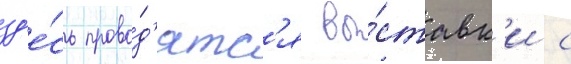
зд'е́сь прово́д'ятс'я вы́ставк'и с